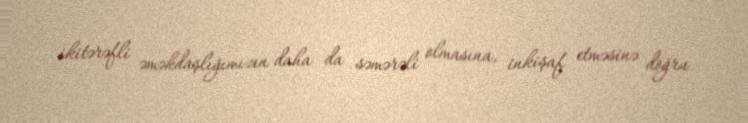
ikitərəfli əməkdaşlığımızın daha da səmərəli olmasına, inkişaf etməsinə doğru